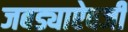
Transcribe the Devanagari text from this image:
जबड्याऐवजी